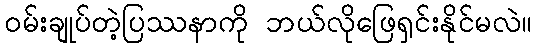
၀မ်းချုပ်တဲ့ပြဿနာကို ဘယ်လိုဖြေရှင်းနိုင်မလဲ။